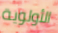
الأولوية